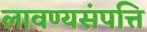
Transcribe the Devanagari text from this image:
लावण्यसंपत्ति